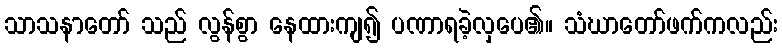
သာသနာတော် သည် လွန်စွာ နေထားကျ၍ ပဏာရခဲ့လှပေ၏။ သံဃာတော်ဖက်ကလည်း